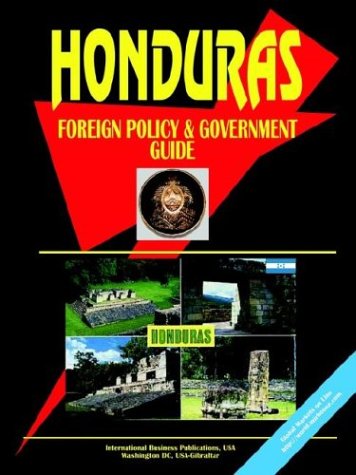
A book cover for Honduras Foreign Policy and Government Guide; Ibp Usa; Travel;